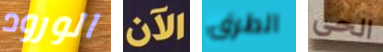
الورود الآن الطرق الحى